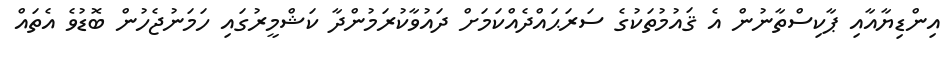
އިންޑިޔާއާއި ޕާކިސްތާނުން އެ ޤައުމުތަކުގެ ސަރަޙައްދެއްކަމަށް ދައުވާކުރަމުންދާ ކަޝްމީރުގައި ހަމަނުޖެހުން ބޮޑުވެ އެތައް